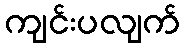
ကျင်းပလျက်